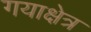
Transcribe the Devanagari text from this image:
गयाक्षेत्र